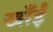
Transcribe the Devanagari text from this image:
खाँईं